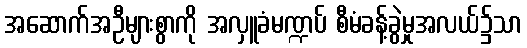
အဆောက်အဦများစွာကို အလှူခံမဏ္ဍပ် စီမံခန့်ခွဲမှုအလယ်၌သာ